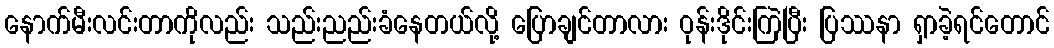
နောက်မီးလင်းတာကိုလည်း သည်းညည်းခံနေတယ်လို့ ပြောချင်တာလား ဝုန်းဒိုင်းကြဲပြီး ပြဿနာ ရှာခဲ့ရင်တောင်